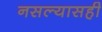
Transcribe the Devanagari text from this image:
नसल्यासही